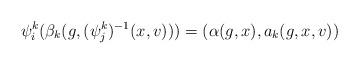
LaTeX: \begin{align*}\psi_i^k(\beta_k(g,(\psi_j^k)^{-1}(x,v)))=(\alpha(g,x),a_k(g,x,v))\end{align*}